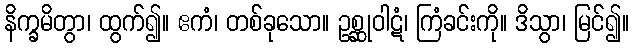
နိက္ခမိတွာ၊ ထွက်၍။ ဧကံ၊ တစ်ခုသော။ ဥစ္ဆုဝါဋံ၊ ကြံခင်းကို။ ဒိသွာ၊ မြင်၍။